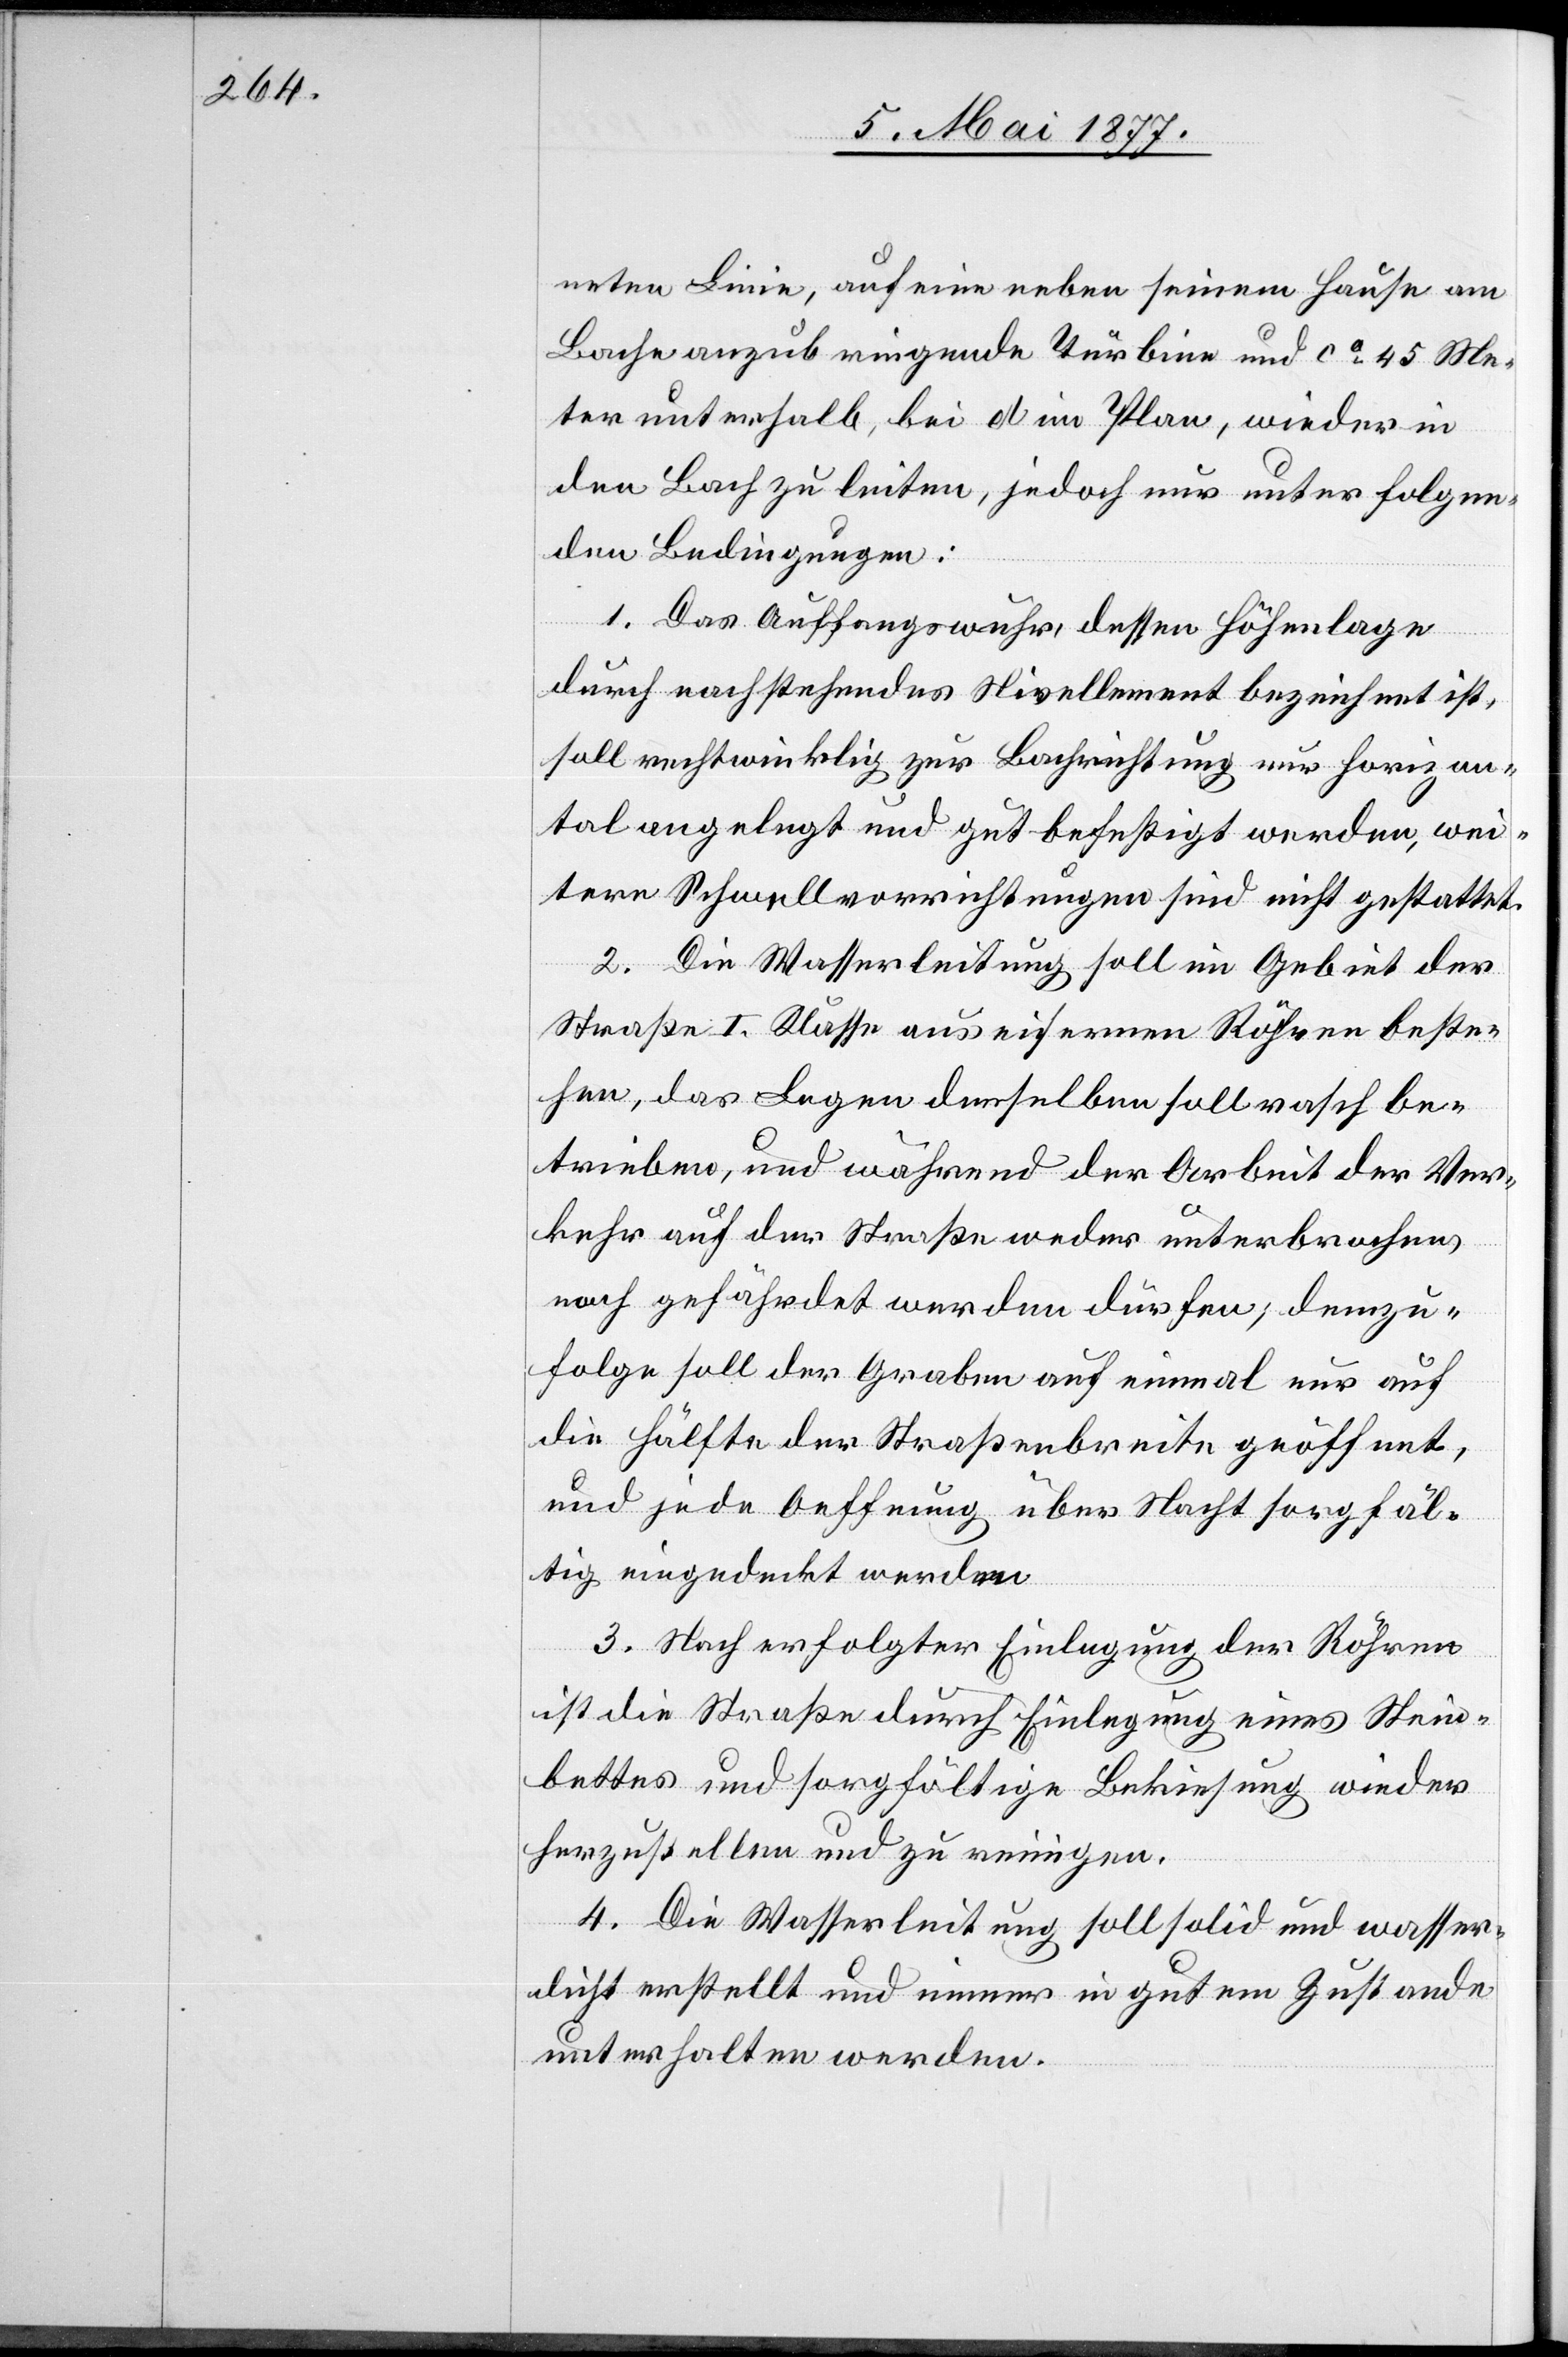
neten Linie, auf eine neben seinem Hause am
Bache anzubringende Turbine und ca 45 Me¬
ter unterhalb, bei d im Plan, wieder in
den Bach zu leiten, jedoch nur unter folgen¬
den Bedingungen:
1. Das Auffangswuhr, dessen Höhenlage
durch nachstehendes Nivellement bezeichnet ist,
soll rechtwinklig zur Bachrichtung nur horizon¬
tal angelegt und gut befestigt werden, wei¬
tere Schwellvorrichtungen sind nicht gestattet.
2. Die Wasserleitung soll im Gebiet der
Straße I. Klasse aus eisernen Röhren beste¬
hen, das Legen derselben soll rasch be¬
trieben, und während der Arbeit der Ver¬
kehr auf der Straße weder unterbrochen,
noch gefährdet werden dürfen; demzu¬
folge soll der Graben auf einmal nur auf
die Hälfte der Straßenbreite geöffnet,
und jede Oeffnung über Nacht sorgfäl¬
tig eingedeckt werden.
3. Nach erfolgter Einlegung der Röhren
ist die Straße durch Einlegung eines Stein¬
bettes und sorgfältige Bekiesung wieder
herzustellen und zu reinigen.
4. Die Wasserleitung soll solid und wasser¬
dicht erstellt und immer in gutem Zustande
unterhalten werden.